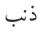
ذنب